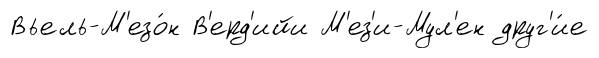
Вьель-М'езо́н В'ерд'ийи М'ез'и-Мул'ен друг'и́е